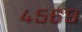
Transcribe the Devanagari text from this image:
४५६९